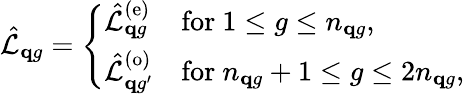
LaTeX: \hat{\mathcal{L}}_{\mathbf qg}=\left\{ \begin{array}{ll}{\hat{\mathcal L}_{{\mathbf qg}}^{(\mathrm{e})}}&{\mathrm{for}~{1\le{g}\le n_{\mathbf{q}g}},}\\ {\hat{\mathcal L}_{{\mathbf qg^{\prime}}}^{(\mathrm{o})}}&{\mathrm{for}~{n_{\mathbf{q}g}+1\leq{g}\le{2n_{\mathbf{q}g}}},}\end{array}\right.